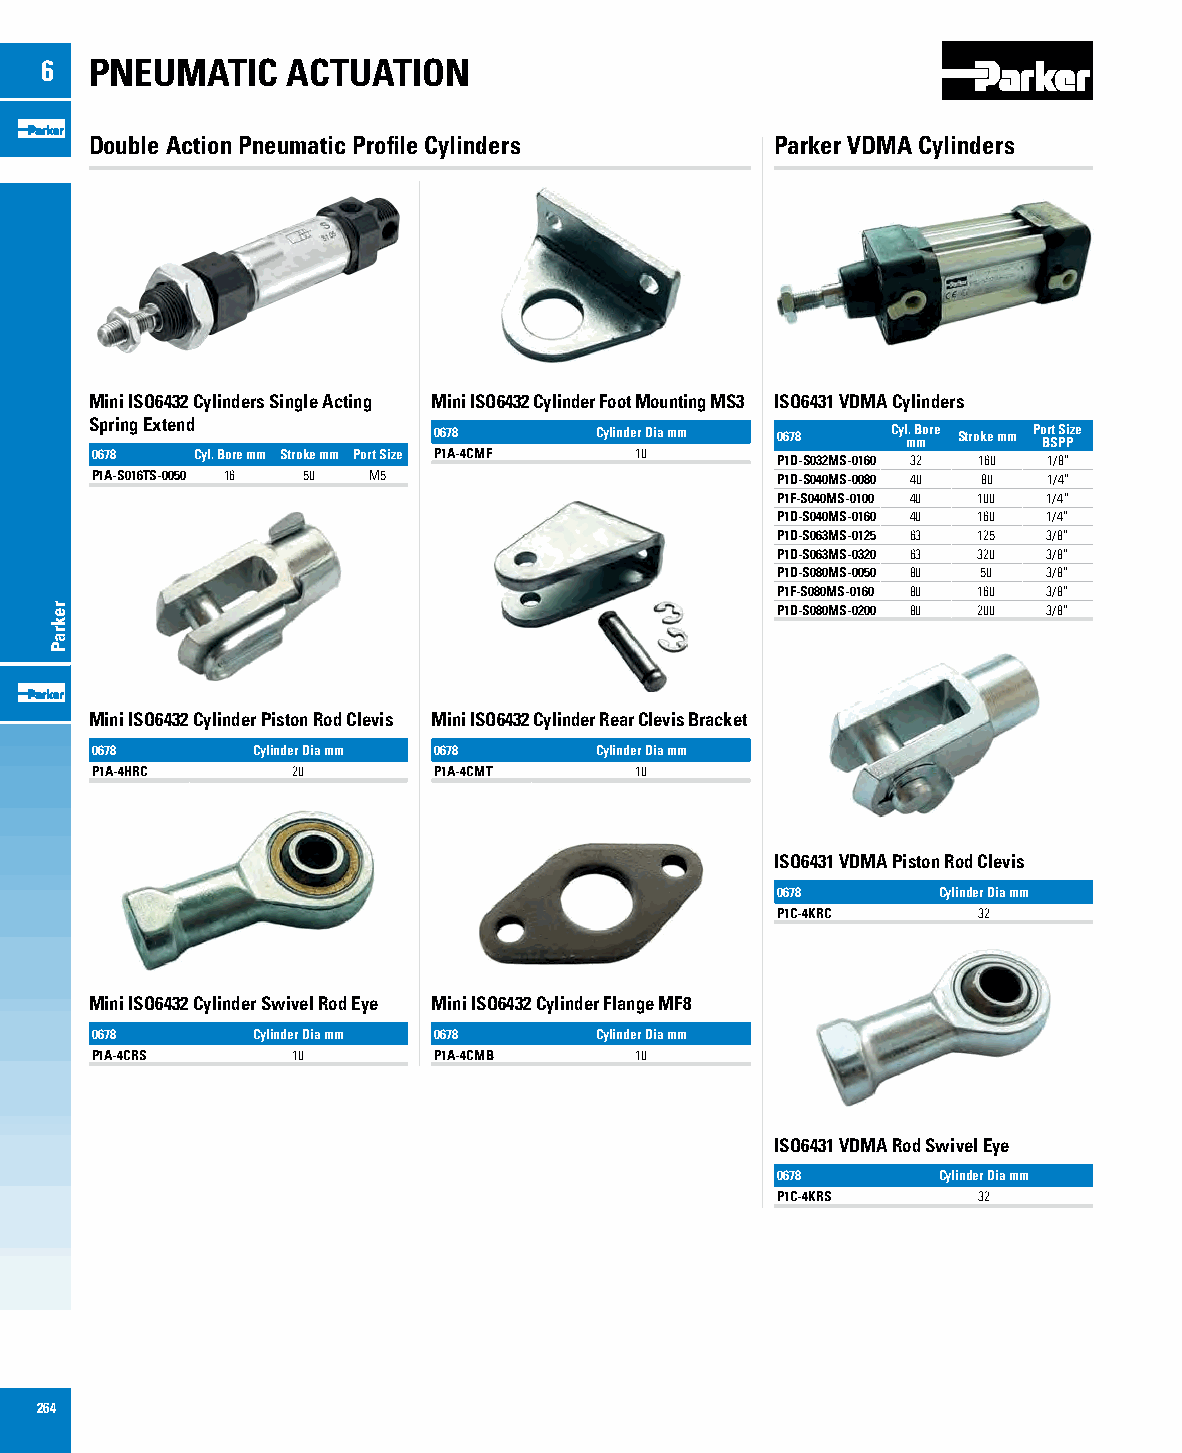
6  PNEUMATIC    ACTUATION
 Double Action Pneumatic Profile Cylinders    Parker VDMA Cylinders
 Mini ISO6432 Cylinders Single Acting Mini ISO6432 Cylinder Foot Mounting MS3 ISO6431 VDMA Cylinders
 Spring Extend
 0678      Cylinder Dia mm 0678 Cyl m. B more Stroke mm Po Br St PS Pize
 0678   Cyl. Bore mm Stroke mm Port Size P1A-4CMF 10 P1D-S032MS-0160 32 160 1/8”
 P1A-S016TS-0050 16 50 M5                     P1D-S040MS-0080 40 80 1/4”
 P1F-S040MS-0100 40 100 1/4”
 P1D-S040MS-0160 40 160 1/4”
 P1D-S063MS-0125 63 125 3/8”
 P1D-S063MS-0320 63 320 3/8”
 P1D-S080MS-0050 80 50 3/8”
 P1F-S080MS-0160 80 160 3/8”
 P1D-S080MS-0200 80 200 3/8”
 Mini ISO6432 Cylinder Piston Rod Clevis Mini ISO6432 Cylinder Rear Clevis Bracket
 0678       Cylinder Dia mm 0678  Cylinder Dia mm
 P1A-4HRC     20        P1A-4CMT     10
 ISO6431 VDMA Piston Rod Clevis
 0678       Cylinder Dia mm
 P1C-4KRC      32
 Mini ISO6432 Cylinder Swivel Rod Eye Mini ISO6432 Cylinder Flange MF8
 0678       Cylinder Dia mm 0678  Cylinder Dia mm
 P1A-4CRS     10        P1A-4CMB     10
 ISO6431 VDMA Rod Swivel Eye
 0678       Cylinder Dia mm
 P1C-4KRS      32
 264
 rekraP